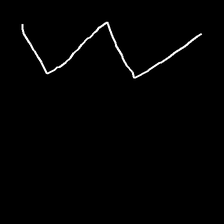
Glyph: crush